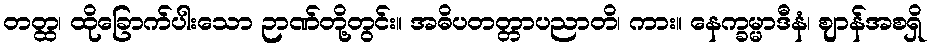
တတ္ထ၊ ထိုခြောက်ပါးသော ဉာဏ်တို့တွင်း။ အဓိပတတ္တာပညာတိ၊ ကား။ နေက္ခမ္မာဒီနံ၊ ဈာန်အစရှိ